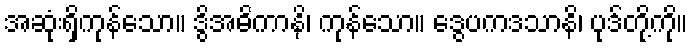
အဆုံးရှိကုန်သော။ ဒွိအဓိကာနိ၊ ကုန်သော။ ဒွေပကဒသာနိ၊ ပုဒ်တို့ကို။